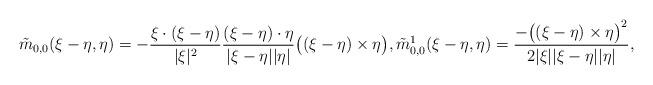
LaTeX: \begin{align*}\tilde{m}_{0,0}(\xi - \eta, \eta) = - \frac{ \xi \cdot (\xi - \eta)}{|\xi |^{2}}\frac{(\xi - \eta) \cdot \eta}{|\xi - \eta| |\eta|} \big( (\xi - \eta) \times \eta \big),\tilde{m}_{0,0}^{1}(\xi-\eta, \eta) = \frac{-\big((\xi-\eta) \times \eta \big)^2}{2|\xi| |\xi-\eta||\eta|} ,\end{align*}